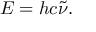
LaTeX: E = h c { \tilde { \nu } } .